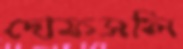
দোফসলি